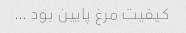
کیفیت مرغ پایین بود …